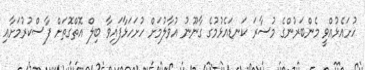
ހުށައެޅުއްވީ މެންބަރުންގެ މުސާރަ ކަނޑައެޅުމުގެ ގާނޫނު އުވާލުމަށް ހުށަހަޅާފައިވާ ބިލް އޮތްގޮތަށް ފާސްކުރުމަށާއި